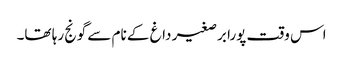
اس وقت پورا برصغیر داغ کے نام سے گونج رہا تھا۔